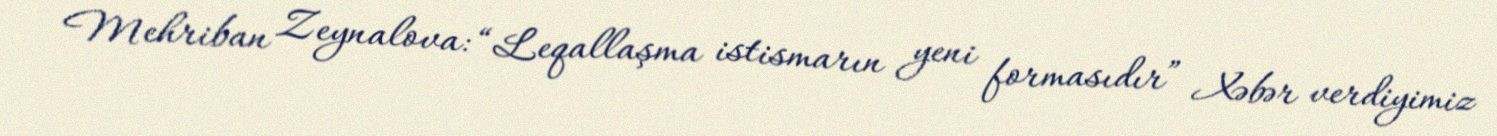
Mehriban Zeynalova: “Leqallaşma istismarın yeni formasıdır” Xəbər verdiyimiz